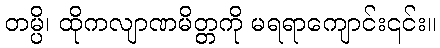
တမ္ပိ၊ ထိုကလျာဏမိတ္တကို မရရာကျောင်း၎င်း။